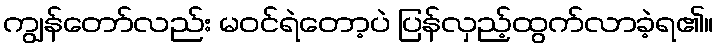
ကျွန်တော်လည်း မဝင်ရဲတော့ပဲ ပြန်လှည့်ထွက်လာခဲ့ရ၏။